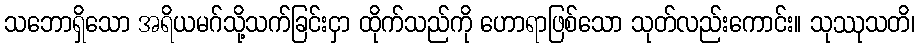
သဘောရှိသော အရိယမဂ်သို့သက်ခြင်းငှာ ထိုက်သည်ကို ဟောရာဖြစ်သော သုတ်လည်းကောင်း။ သုဿုသတိ၊